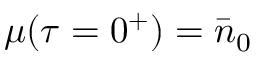
\mu ( \tau = 0 ^ { + } ) = \bar { n } _ { 0 }